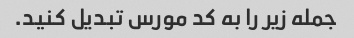
جمله زیر را به کد مورس تبدیل کنید.